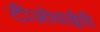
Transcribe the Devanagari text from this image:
टीओवाईपी